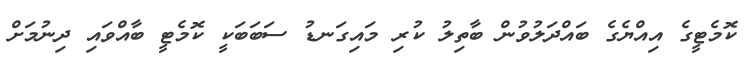
ކޮމެޓީގެ އިއްޔެގެ ބައްދަލުވުން ބާތިލު ކުރި މައިގަނޑު ސަބަބަކީ ކޮމެޓީ ބާއްވައި ދިނުމަށް